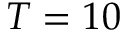
T = 1 0